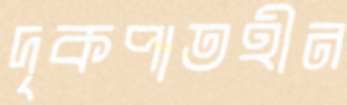
দৃকপাতহীন